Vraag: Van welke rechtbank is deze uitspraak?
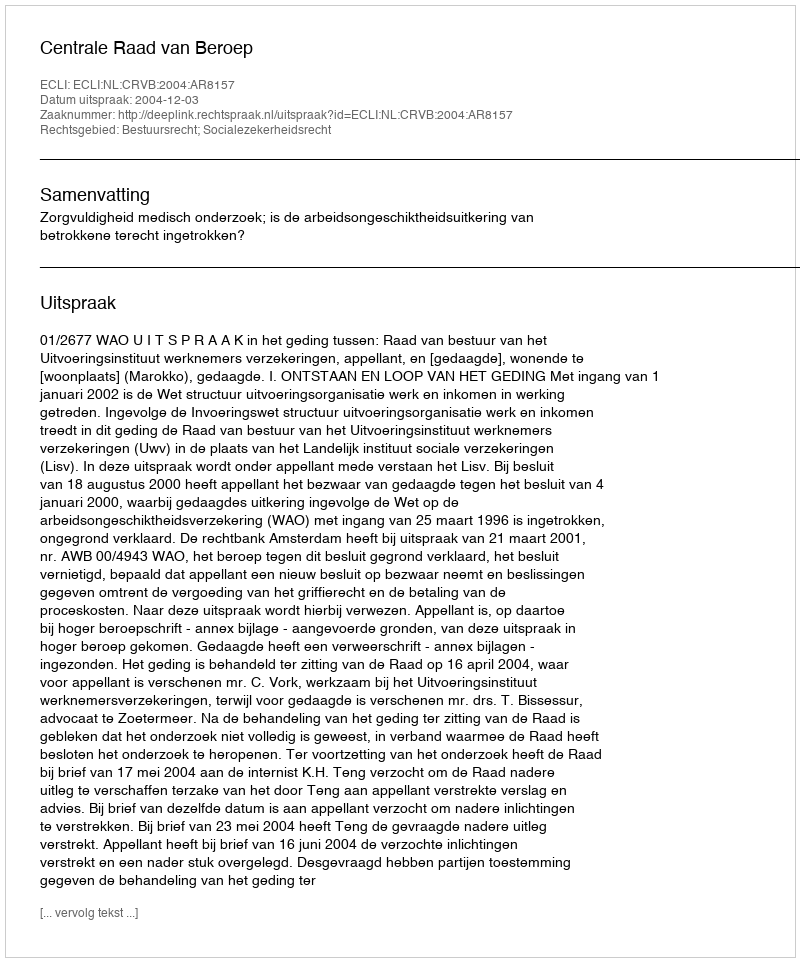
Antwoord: Centrale Raad van Beroep